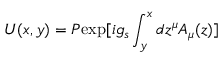
U ( x , y ) = { \cal P } \mathrm { e x p } [ i g _ { s } \int _ { y } ^ { x } d z ^ { \mu } A _ { \mu } ( z ) ]